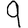
Digit: 9